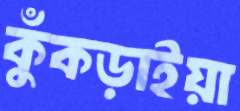
কুঁকড়াইয়া